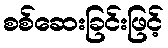
စစ်ဆေးခြင်းဖြင့်